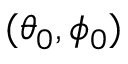
( \theta _ { 0 } , \phi _ { 0 } )